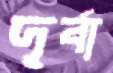
দূর্বা